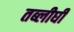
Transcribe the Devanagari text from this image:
तब्लीघी